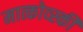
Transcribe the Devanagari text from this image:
मात्कोव्स्की